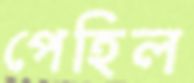
পেহিল